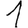
Digit: 1